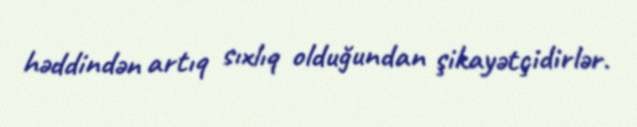
həddindən artıq sıxlıq olduğundan şikayətçidirlər.